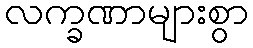
လက္ခဏာများစွာ